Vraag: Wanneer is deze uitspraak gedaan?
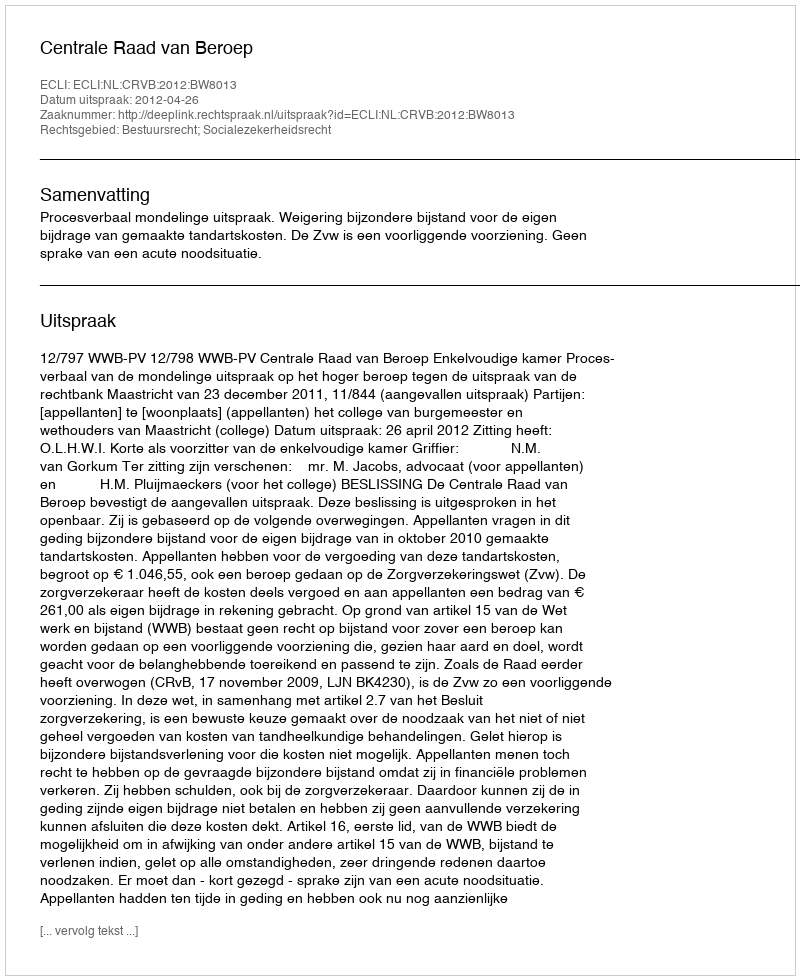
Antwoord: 2012-04-26